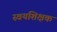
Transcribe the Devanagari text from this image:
स्वयंशिक्षक